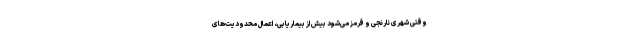
وقتی شهری نارنجی و قرمز می‌شود بیش از بیماریابی، اعمال محدودیت‌های